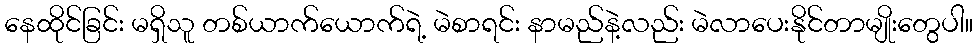
နေထိုင်ခြင်း မရှိသူ တစ်ယာက်ယောက်ရဲ့ မဲစာရင်း နာမည်နဲ့လည်း မဲလာပေးနိုင်တာမျိုးတွေပါ။